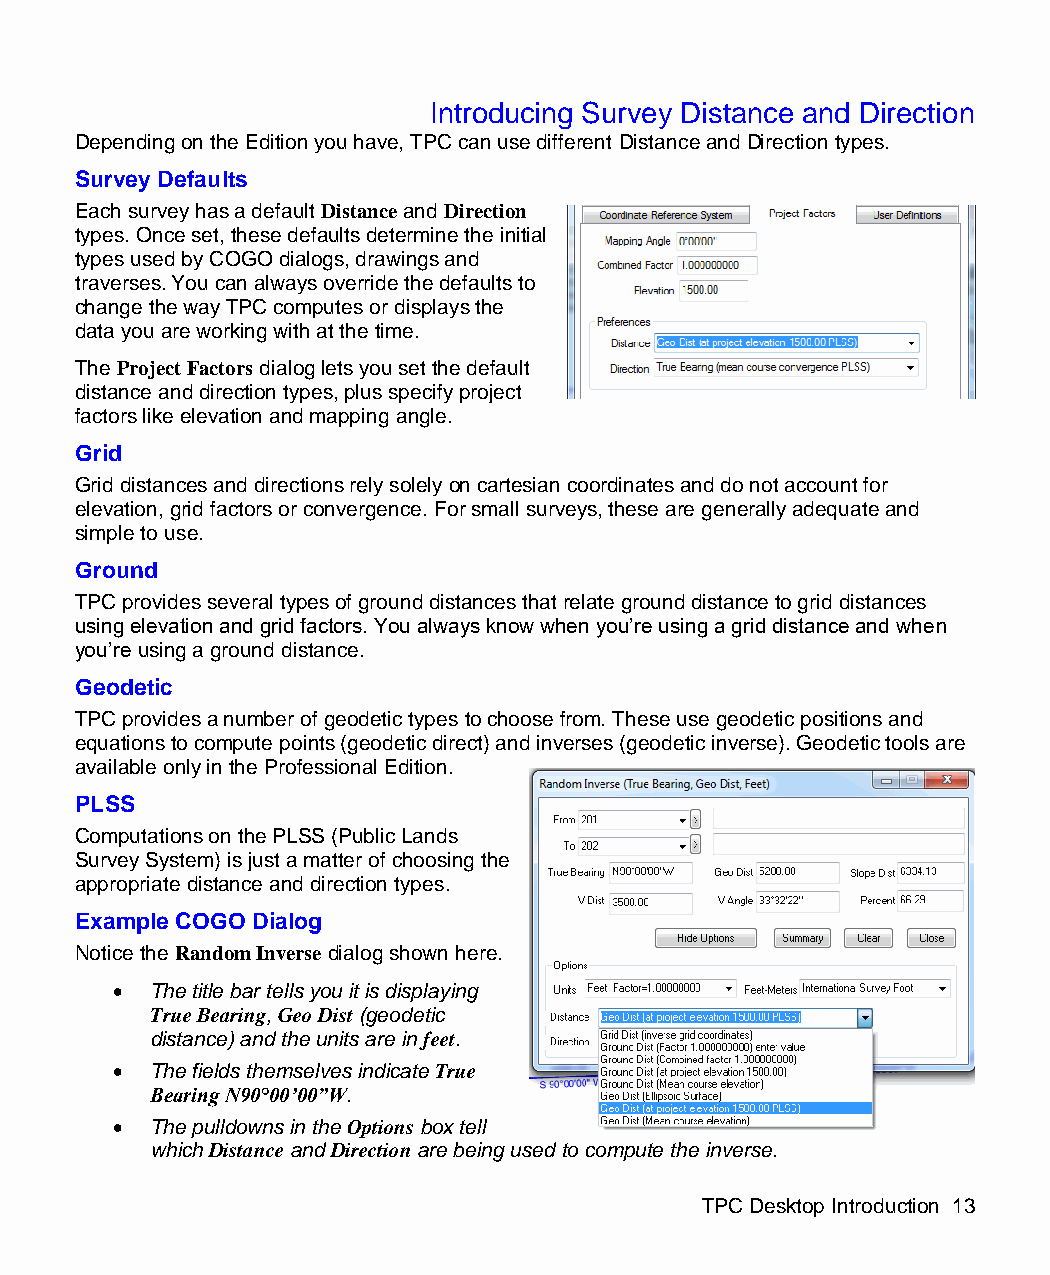
Introducing Survey Distance and Direction
 Depending on the Edition you have, TPC can use different Distance and Direction types.
 Survey Defaults
 Each survey has a default Distance and Direction
 types. Once set, these defaults determine the initial
 types used by COGO dialogs, drawings and
 traverses. You can always override the defaults to
 change the way TPC computes or displays the
 data you are working with at the time.
 The Project Factors dialog lets you set the default
 distance and direction types, plus specify project
 factors like elevation and mapping angle.
 Grid
 Grid distances and directions rely solely on cartesian coordinates and do not account for
 elevation, grid factors or convergence. For small surveys, these are generally adequate and
 simple to use.
 Ground
 TPC provides several types of ground distances that relate ground distance to grid distances
 using elevation and grid factors. You always know when you’re using a grid distance and when
 you’re using a ground distance.
 Geodetic
 TPC provides a number of geodetic types to choose from. These use geodetic positions and
 equations to compute points (geodetic direct) and inverses (geodetic inverse). Geodetic tools are
 available only in the Professional Edition.
 PLSS
 Computations on the PLSS (Public Lands
 Survey System) is just a matter of choosing the
 appropriate distance and direction types.
 Example COGO Dialog
 Notice the Random Inverse dialog shown here.
   The title bar tells you it is displaying
 True Bearing, Geo Dist (geodetic
 distance) and the units are in feet.
   The fields themselves indicate True
 Bearing N90°00’00”W.
   The pulldowns in the Options box tell
 which Distance and Direction are being used to compute the inverse.
 TPC Desktop Introduction 13